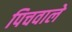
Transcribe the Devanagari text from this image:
पिचवाले